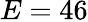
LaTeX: E=46